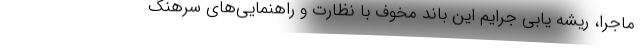
ماجرا، ریشه یابی جرایم این باند مخوف با نظارت و راهنمایی‌های سرهنگ